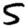
Digit: 5